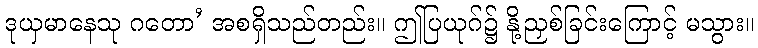
ဒုယှမာနေသု ဂတော’ အစရှိသည်တည်း။ ဤပြယုဂ်၌ နို့ညှစ်ခြင်းကြောင့် မသွား။